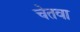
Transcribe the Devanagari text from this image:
चेतवा